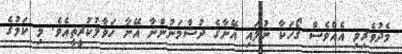
މެދުވެރިވި އެއްވެސް ގޯހަކާ ނުލައި އޭނާގެ ދުޝްމަނުންނާ އޭނާ ހަވާލުކުރީތީއެވެ. މި ކަމުގެ